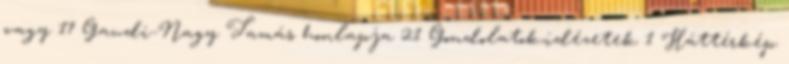
vagy 17 Gaudi-Nagy Tamás honlapja 21 Gondolatok,idézetek 1 Háttérkép